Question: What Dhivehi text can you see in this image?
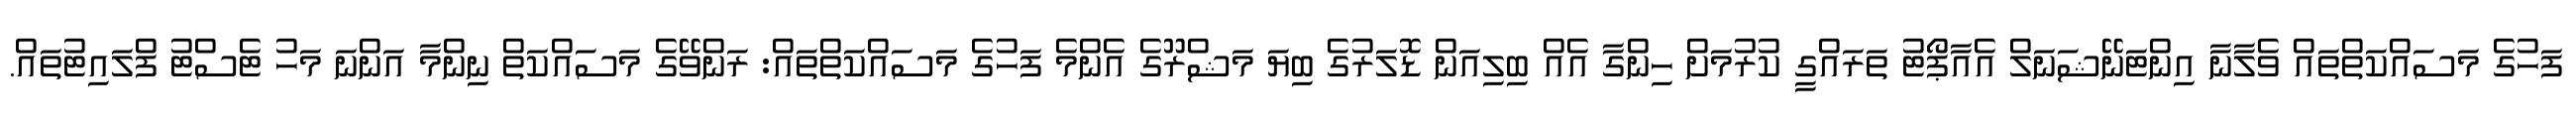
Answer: ފަހުގެ މަސައްކަތްތައް ވެލާނާ އިންޓަނޭޝަނަލް އެއާޕޯޓު ތަރައްގީ ކުރުމަށް ހިންގާ އެއް ބިލިއަން ޑޮލަރުގެ ބިޔަ މަޝްރޫގެ އެންމެ ފަހުގެ މަސައްކަތްތައް: ރަންވޭގެ މަސައްކަތް ނިންމާ އަންނަ މަހު ޓެސްޓު ފްލައިޓުތައް.